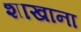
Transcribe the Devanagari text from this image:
शाखाना